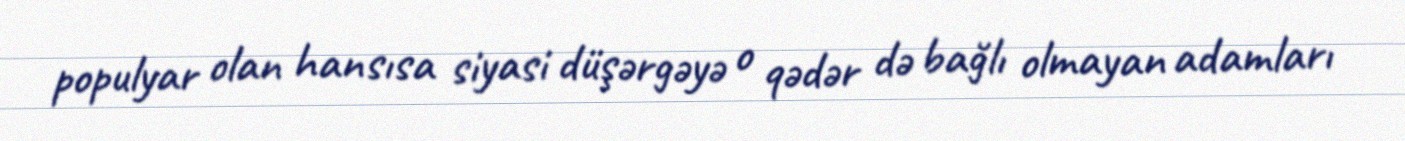
populyar olan hansısa siyasi düşərgəyə o qədər də bağlı olmayan adamları